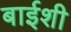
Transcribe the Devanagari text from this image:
बाईशी